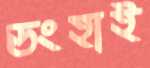
ডংহাই